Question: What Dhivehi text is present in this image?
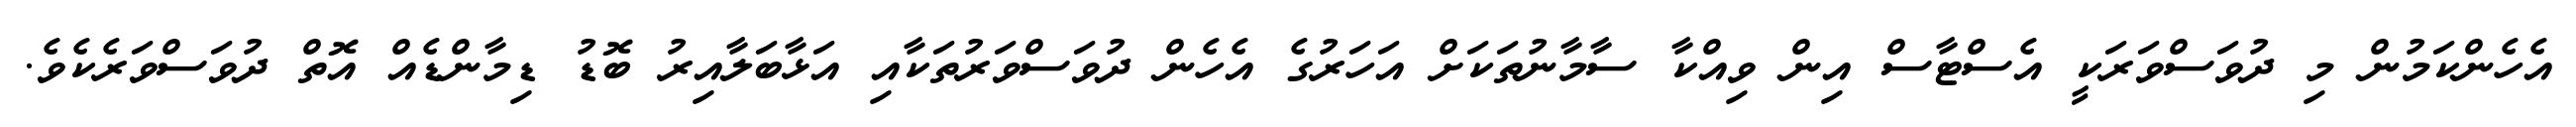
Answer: އެހެންކަމުން މި ދުވަސްވަރަކީ އެސްޓާސް އިން ވިއްކާ ސާމާނުތަކަށް އަހަރުގެ އެހެން ދުވަސްވަރުތަކާއި އަޅާބަލާއިރު ބޮޑު ޑިމާންޑެއް އޮތް ދުވަސްވަރެކެވެ.